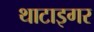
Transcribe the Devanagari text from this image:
थाटाइगर